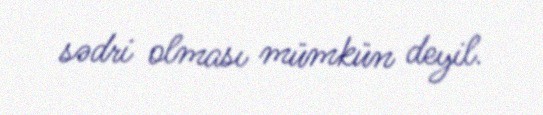
sədri olması mümkün deyil.